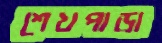
শেখপাড়া